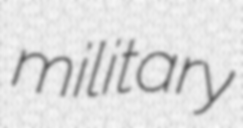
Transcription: military